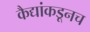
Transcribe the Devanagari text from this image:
कैद्यांकडूनच